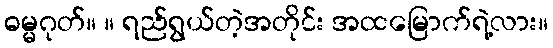
ဓမ္မဂုတ်။ ။ ရည်ရွယ်တဲ့အတိုင်း အထမြောက်ရဲ့လား။